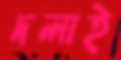
দলাই